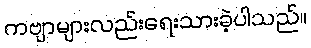
ကဗျာများလည်းရေးသားခဲ့ပါသည်။